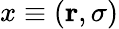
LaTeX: x\equiv(\mathbf{r},\sigma)